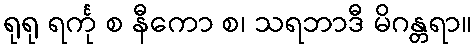
ရုရု ရင်္ကု စ နီကော စ၊ သရဘာဒီ မိဂန္တရာ။